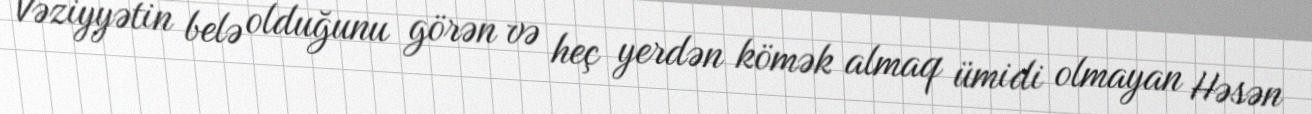
Vəziyyətin belə olduğunu görən və heç yerdən kömək almaq ümidi olmayan Həsən